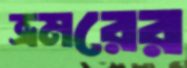
ভ্রমরের